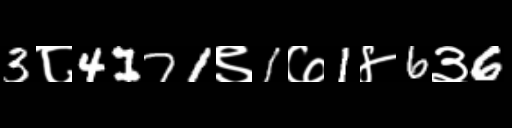
Text: 3८4171९1७1४6३6